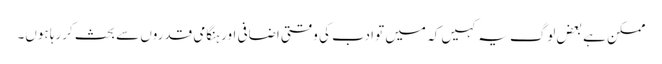
ممکن ہے بعض لوگ یہ کہیں کہ میں تو ادب کی وقتی اضافی اور ہنگامی قدروں سے بحث کررہا ہوں۔